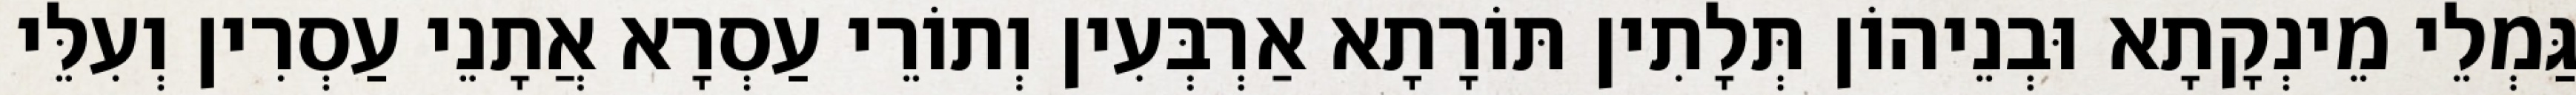
גַּמְלֵי מֵינְקָתָא וּבְנֵיהוֹן תְּלָתִין תּוֹרָתָא אַרְבְּעִין וְתוֹרֵי עַסְרָא אֲתָנֵי עַסְרִין וְעִלֵּי